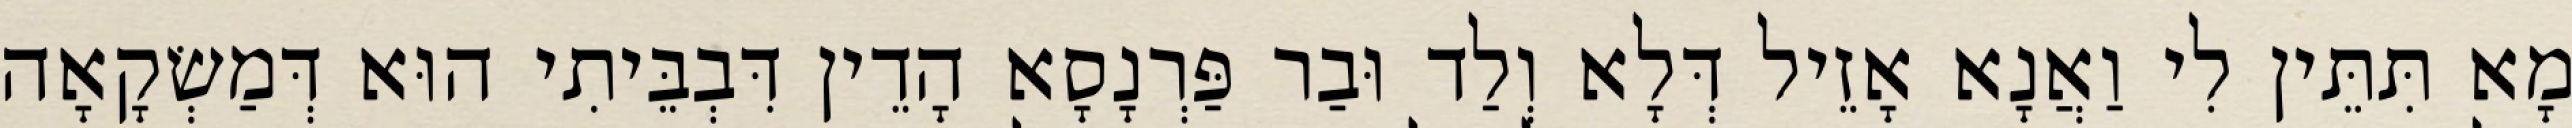
מָא תִּתֵּין לִי וַאֲנָא אָזֵיל דְּלָא וְלַד וּבַר פַּרְנָסָא הָדֵין דִּבְבֵּיתִי הוּא דְּמַשְׂקָאָה